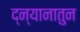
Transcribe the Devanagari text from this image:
द्न्यानातुन